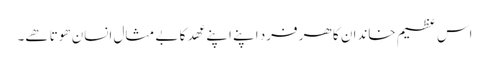
اس عظیم خاندان کا ھر فرد اپنے اپنے عھد کا بے مثال انسان ھوتا ھے۔